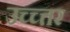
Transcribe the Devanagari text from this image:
उच्च्त्तर